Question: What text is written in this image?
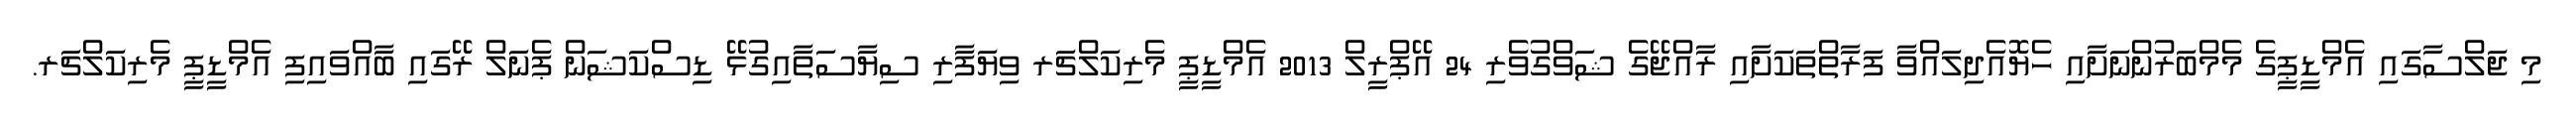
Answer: މި ޖަލްސާގައި އެމްޑީޕީގެ މެމްބަރުންނަށާއި ހެޔޮއެދިލައްވާ ފަރާތްތަކަށާއި ރާއްޖޭގެ ޝަވްގުވެރި 24 އޭޕްރީލް 2013 އެމްޑީޕީ މެރިކަލްޗަރ ވިޔަފާރި ސިޔާސަތާއިގުޅޭ ޑިސްކަޝަން ޕެނަލް ރޭގައި ބާއްވައިފި އެމްޑީޕީ މެރިކަލްޗަރ.